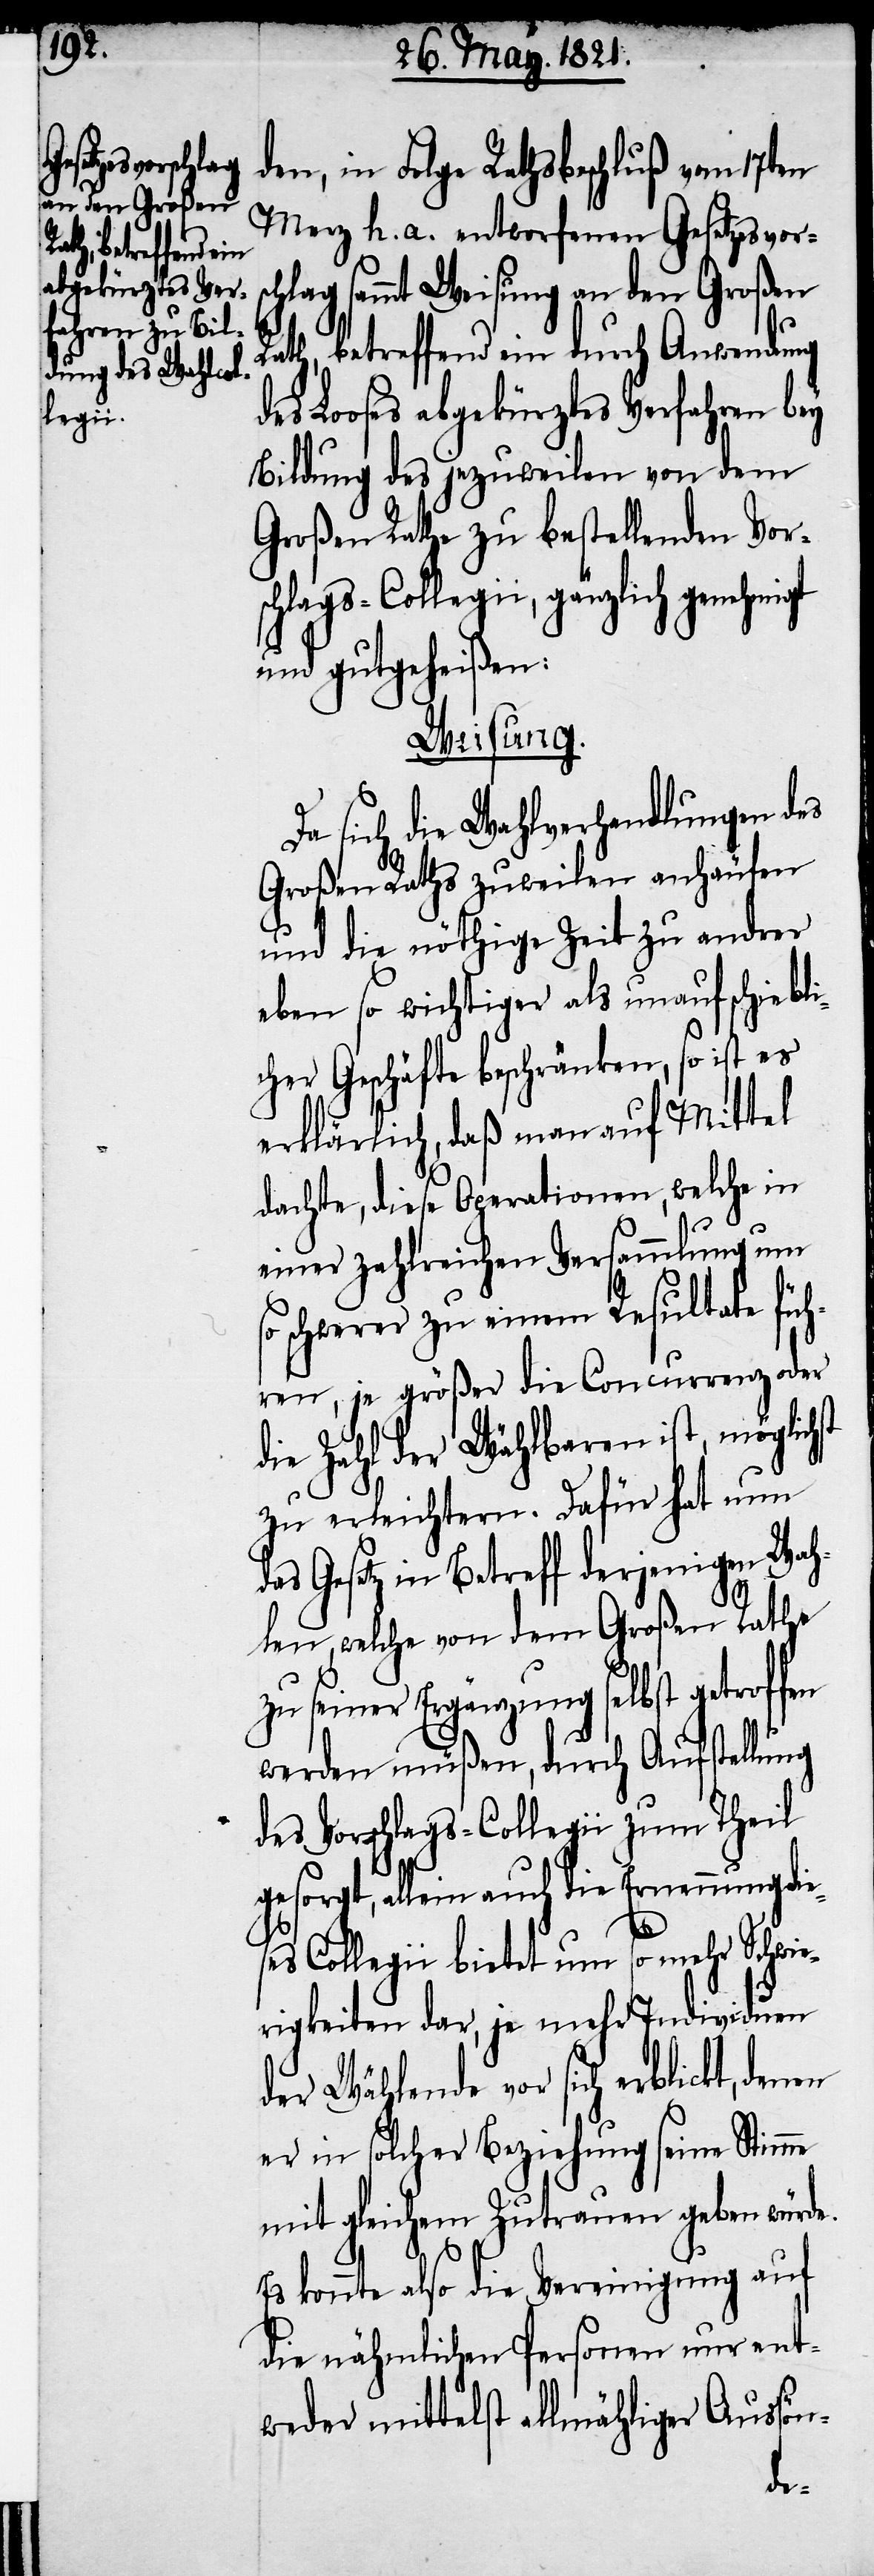
hst

den, in Folge Rathsbeschluß vom 17ten
Merz h. a. entworfenen Gesetzesvorsc¬
hlag sammt Weisung an den Großen
Rath, betreffend ein durch Anwendung
des Looses abgekürztes Verfahren bey
Bildung des jezuweilen von dem
Großen Rathe zu bestellenden Vor¬
schlags-Collegii, gänzlich
und gutgeheißen:
Weisung.
Da sich die Wahlverhandlungen des
Großen Raths zuweilen anhäufen
und die nöthige Zeit zu andrer
eben so wichtiger als unaufschiebli¬
cher Geschäfte beschränken, so ist es
erklärlich, daß man auf Mittel
dachte, diese Operationen, welche in
einer zahlreichen Versammlung um
schwerer zu einem Resultate füh¬
ren, je größer die Concurrenz oder
die Zahl der Wählbaren ist, möglic¬
zu erleichtern. Dafür hat nun
Gesetz in Betreff derjenigen Wah¬
len, welche von dem Großen Rathe
zu seiner Ergänzung selbst getroffen
werden müßen, durch Aufstellung
des Vorschlags-Collegii zum Theil
gesorgt, allein auch die Ernennung die¬
ses Collegii bietet um so mehr Schwie¬
rigkeiten dar, je mehr Individuen
der Wählende vor sich erblickt, denen
er in solcher Beziehung seine Stimme
mit gleichem Zutrauen geben würde.
Es könnte also die Vereinigung auf
die nähmlichen Personen nur ent¬
weder mittelst allmählicher Aussön-